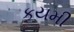
કયમી